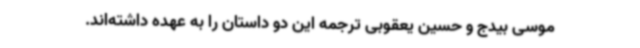
موسی بیدج و حسین یعقوبی ترجمه این دو داستان را به عهده داشته‌اند.